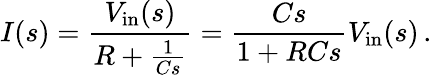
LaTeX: I(s)={\frac{V_{\mathrm{in}}(s)}{R+{\frac{1}{Cs}}}}={\frac{Cs}{1+RCs}}V_{\mathrm{in}}(s)\, .